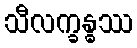
သီလက္ခန္ဓဿ